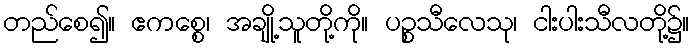
တည်စေ၍။ ဧကစ္စေ၊ အချို့သူတို့ကို။ ပဉ္စသီလေသု၊ ငါးပါးသီလတို့၌။